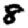
Digit: 8